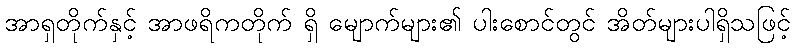
အာရှတိုက်နှင့် အာဖရိကတိုက် ရှိ မျောက်များ၏ ပါးစောင်တွင် အိတ်များပါရှိသဖြင့်